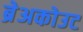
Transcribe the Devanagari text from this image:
ब्रेअकोउट